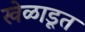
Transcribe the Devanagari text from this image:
खेळाडूत